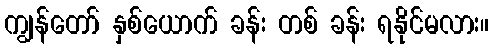
ကျွန်တော် နှစ်ယောက် ခန်း တစ် ခန်း ရနိုင်မလား။